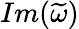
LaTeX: Im(\widetilde{\omega})